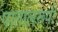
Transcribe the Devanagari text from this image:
पातालरूपी